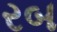
રબ